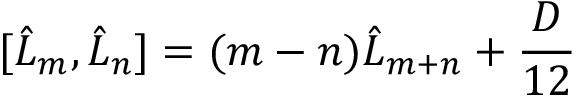
\lbrack \hat { L } _ { m } , \hat { L } _ { n } ] = ( m - n ) \hat { L } _ { m + n } + \frac { D } { 1 2 }